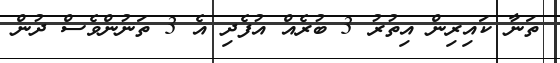
ތަނާ ކައިރިން އިތުރު 3 ބުރެއް އުފެދި އެ 3 ތަނުންވެސް ދުން